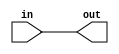
module coreir_orr #(
    parameter width = 1
) (
    input [width-1:0] in,
    output out
);
  assign out = |in;
endmodule

module Or1xNone (
    input I0,
    output O
);
wire orr_inst0_out;
coreir_orr #(
    .width(1)
) orr_inst0 (
    .in(I0),
    .out(orr_inst0_out)
);
assign O = orr_inst0_out;
endmodule

module Encoder2 (
    input [1:0] I,
    output [0:0] O
);
wire Or1xNone_inst0_O;
Or1xNone Or1xNone_inst0 (
    .I0(I[1]),
    .O(Or1xNone_inst0_O)
);
assign O = Or1xNone_inst0_O;
endmodule